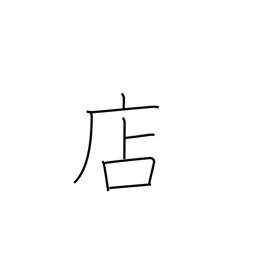
Meaning: shop